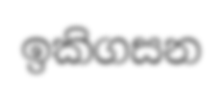
ඉකිගසන